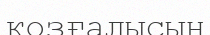
қозғалысын